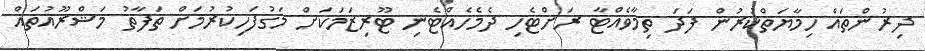
ދިރުންތައް ހިމާޔަތްކުރުން ފަދަ ތިމާވެއްޓާ ރަށްޓެހި ދެމެހެއްޓެނި ޓޫރިޒަމަކަށް މަގުފަހިކުރުމަށް ތަފާތު މަޝްރޫއުތައް